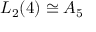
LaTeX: L _ { 2 } ( 4 ) \cong A _ { 5 }